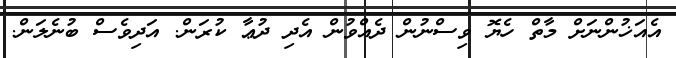
އެއަޚުންނަށް މާތް ހެޔޮ ވިސްނުން ދެއްވުން އެދި ދުޢާ ކުރަން. އަދިވެސް ބުނެލަން.